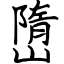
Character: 嶞